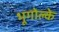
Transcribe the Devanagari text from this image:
भूगोल्के